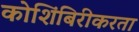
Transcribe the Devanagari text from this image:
कोशिंबिरीकरता